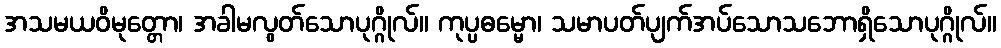
အသမယဝိမုတ္တော၊ အခါမလွတ်သောပုဂ္ဂိုလ်။ ကုပ္ပဓမ္မော၊ သမာပတ်ပျက်အပ်သောသဘောရှိသောပုဂ္ဂိုလ်။